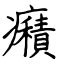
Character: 癪